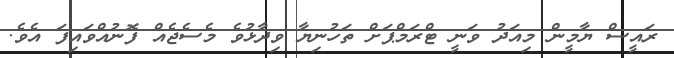
ރައީސް ޔާމީން މިއަދު ވަނީ ޓްރަމްޕަށް ތަހުނިޔާ ވިދާޅުވެ މެސެޖެއް ފޮނުއްވައިފަ އެވެ.